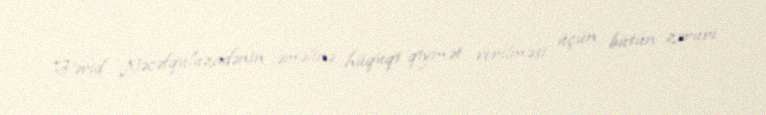
Fərid Nəcəfquluzadənin əməlinə hüquqi qiymət verilməsi üçün bütün zəruri